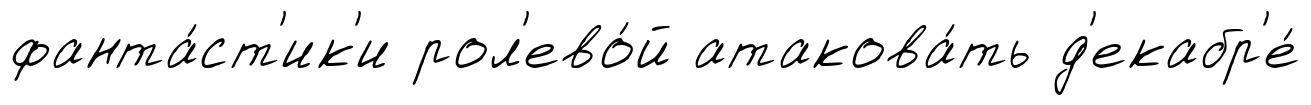
фанта́ст'ик'и рол'ево́й атакова́ть д'екабр'е́